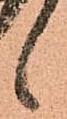
候